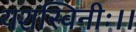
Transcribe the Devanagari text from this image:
यशस्विनीः।।